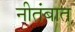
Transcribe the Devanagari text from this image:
नीतंबात